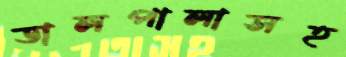
ডালপালাসহ